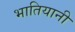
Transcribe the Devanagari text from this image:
भातियानी